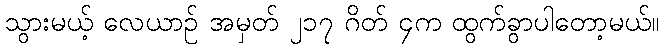
သွားမယ့် လေယာဉ် အမှတ် ၂၁၇ ဂိတ် ၄က ထွက်ခွာပါတော့မယ်။